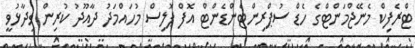
ޓްރެފިކް މެނޭޖްމަންޓްގެ ހެޑް ސުޕްރިންޓެންޑެންޓް އޮފް ޕޮލިސް މުހައްމަދު ދާއޫދު ކުރިން ވިދާޅުވީ